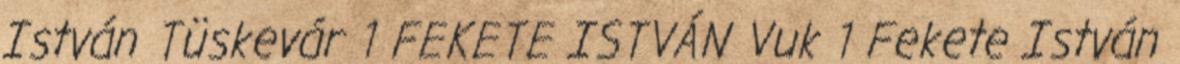
István Tüskevár 1 FEKETE ISTVÁN Vuk 1 Fekete István